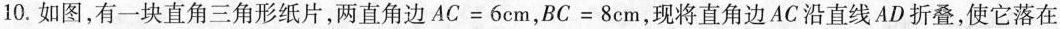
10.如图，有一块直角三角形纸片，两直角边$$A C = 6 c m$$，$$B C = 8 c m$$，现将直角边AC沿直线AD折叠，使它落在